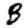
Digit: 3